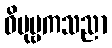
ဝိပုဗ္ဗကသညာ